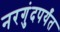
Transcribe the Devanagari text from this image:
नरगुंदपर्यंत